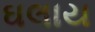
ઘલાય